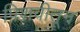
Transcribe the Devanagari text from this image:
पिशवीतून